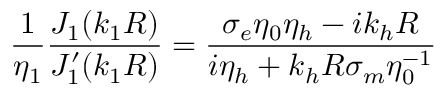
\frac { 1 } { \eta _ { 1 } } \frac { J _ { 1 } ( k _ { 1 } R ) } { J _ { 1 } ^ { \prime } ( k _ { 1 } R ) } = \frac { \sigma _ { e } \eta _ { 0 } \eta _ { h } - i k _ { h } R } { i \eta _ { h } + k _ { h } R \sigma _ { m } \eta _ { 0 } ^ { - 1 } }